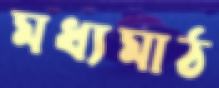
মধ্যমাঠ